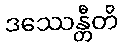
ဒဿေန္တီတိ